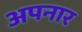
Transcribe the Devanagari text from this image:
अपनार